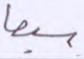
سبعا